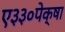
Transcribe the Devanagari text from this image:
ए३३०पेक्षा